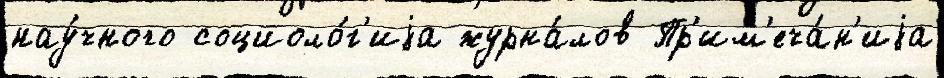
нау́чного социоло́г'иjа журна́лов Пр'им'еча́н'иjа